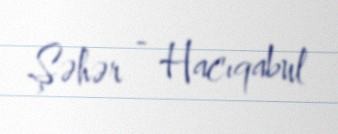
Şəhər - Hacıqabul